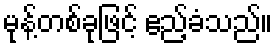
မုန့်တစ်ခုဖြင့် ဧည့်ခံသည်။